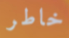
خاطر